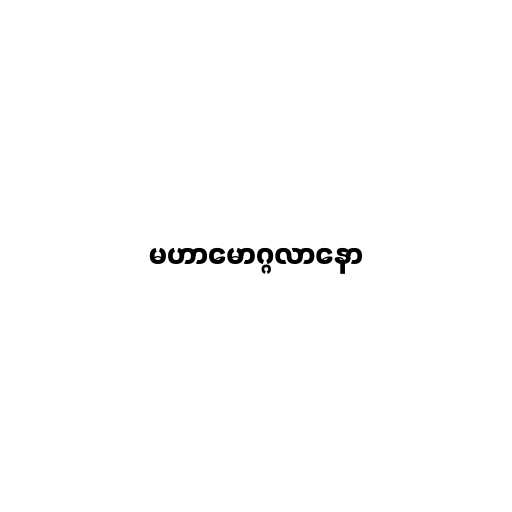
မဟာမောဂ္ဂလာနော